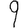
Digit: 9